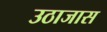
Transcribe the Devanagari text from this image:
उठाजास